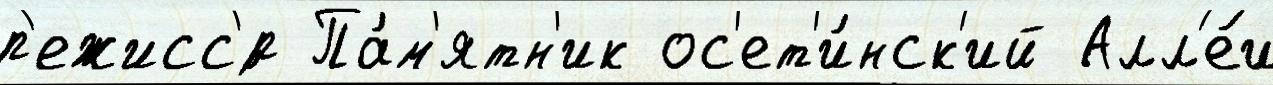
р'ежисс'́р Па́м'ятн'ик ос'ет'и́нск'ий Алл'е́и